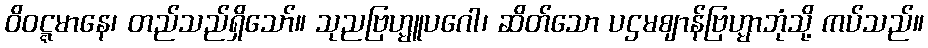
ဝိဝဋ္ဋမာနေ၊ တည်သည်ရှိသော်။ သုညဗြဟ္မူပဂေါ၊ ဆိတ်သော ပဌမဈာန်ဗြဟ္မာဘုံသို့ ကပ်သည်။